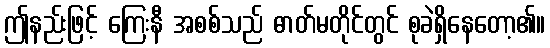
ဤနည်းဖြင့် ကြေးနီ အစစ်သည် ဓာတ်မတိုင်တွင် စုခဲရှိနေတော့၏။